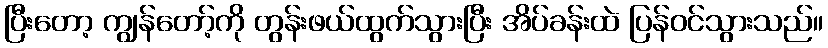
ပြီးတော့ ကျွန်တော့်ကို တွန်းဖယ်ထွက်သွားပြီး အိပ်ခန်းထဲ ပြန်ဝင်သွားသည်။